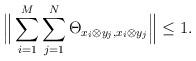
LaTeX: \begin{align*}\Big\| \sum_{i=1}^M \sum_{j=1}^N \Theta_{x_i \otimes y_j,x_i \otimes y_j}\Big\| \le 1.\end{align*}